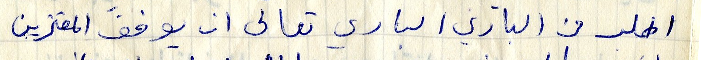
اطلب من الباري الباري تعالى ان يوفق المعتزين